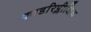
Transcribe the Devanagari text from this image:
क्वाडरिप्लीजिक